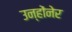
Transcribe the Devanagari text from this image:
उन्होंनेर